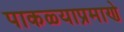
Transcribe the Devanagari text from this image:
पाकळ्याप्रमाणे